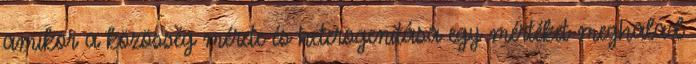
amikor a közösség mérete és heterogenitása egy mértéket meghalad